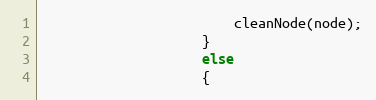
Language: JavaScript
						cleanNode(node);
					}
					else
					{